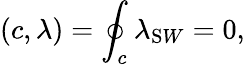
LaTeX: (c,\lambda)=\oint_{c}\lambda_{\mathrm SW}=0,